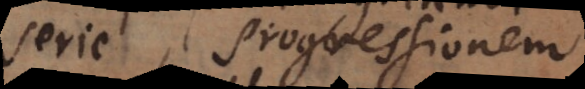
serie, progressionem